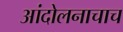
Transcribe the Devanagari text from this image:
आंदोलनाचाच